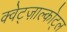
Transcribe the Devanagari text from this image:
क्वेट्ज़ाल्कोट्ल